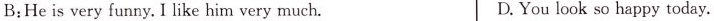
B:He is very funny.I like him very much. D. You look so happy today.